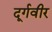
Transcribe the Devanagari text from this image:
दूर्गवीर